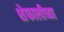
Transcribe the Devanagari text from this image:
शेफालीच्या